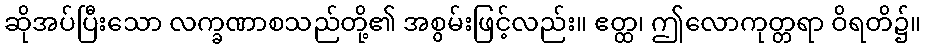
ဆိုအပ်ပြီးသော လက္ခဏာစသည်တို့၏ အစွမ်းဖြင့်လည်း။ ဧတ္ထ၊ ဤလောကုတ္တရာ ဝိရတိ၌။